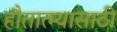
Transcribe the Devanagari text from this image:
हौतात्म्यासाठी